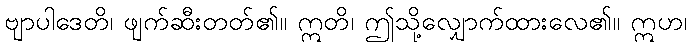
ဗျာပါဒေတိ၊ ဖျက်ဆီးတတ်၏။ ဣတိ၊ ဤသို့လျှောက်ထားလေ၏။ ဣဟ၊